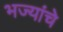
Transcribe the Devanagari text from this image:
भज्यांचे